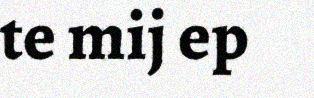
te mij ep